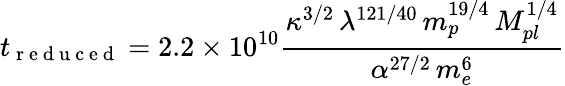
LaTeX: t_{\mathrm{~r~e~d~u~c~e~d~}}=2.2\times 10^{10}\frac{\kappa^{3/2}\, \lambda^{121/40}\, m_{p}^{19/4}\, M_{pl}^{1/4}}{\alpha^{27/2}\, m_{e}^{6}}